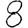
Digit: 8